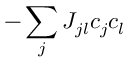
- \sum _ { j } J _ { j l } c _ { j } c _ { l }